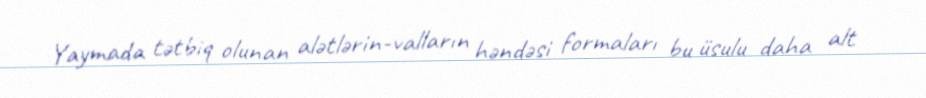
Yaymada tətbiq olunan alətlərin-valların həndəsi formaları bu üsulu daha alt